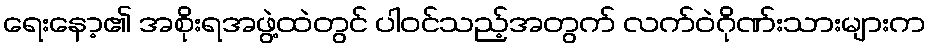
ရေးနော့၏ အစိုးရအဖွဲ့ထဲတွင် ပါဝင်သည့်အတွက် လက်ဝဲဂိုဏ်းသားများက